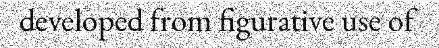
developed from figurative use of